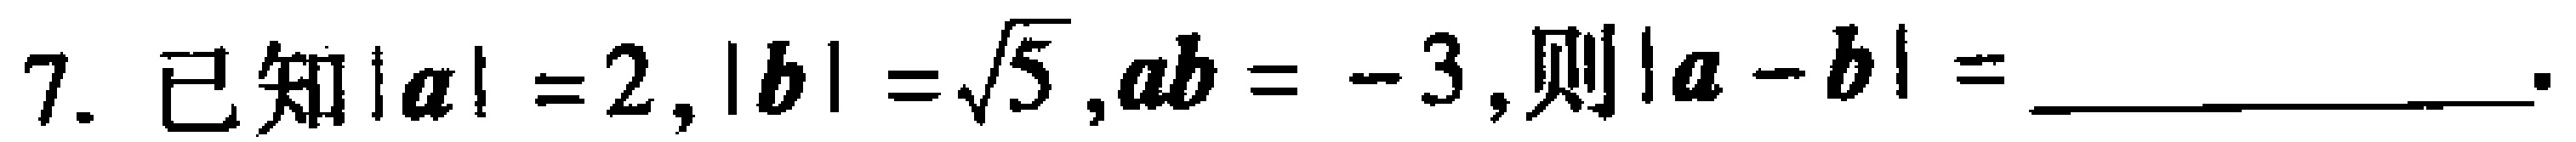
7. 已知$|\boldsymbol{a}| = 2,|\boldsymbol{b}|=\sqrt{5},\boldsymbol{a}\boldsymbol{b}=- 3,则|\boldsymbol{a}-\boldsymbol{b}|=$ ____________.